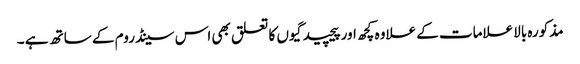
مذکورہ بالا علامات کے علاوہ کچھ اور پیچیدگیوں کا تعلق بھی اس سینڈروم کے ساتھ ہے ۔